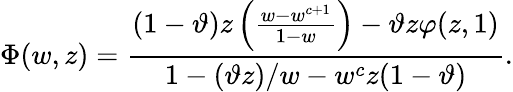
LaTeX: \Phi(w,z)=\frac{(1-\vartheta)z\left(\frac{w-w^{c+1}}{1-w}\right)-\vartheta z\varphi(z,1)}{1-(\vartheta z)/w-w^{c}z(1-\vartheta)}.